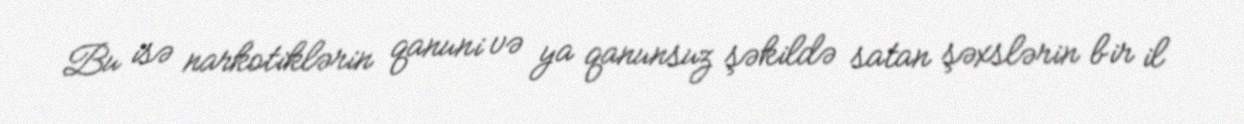
Bu isə narkotiklərin qanuni və ya qanunsuz şəkildə satan şəxslərin bir il